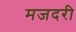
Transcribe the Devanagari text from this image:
मजदरी